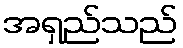
အရှည်သည်